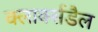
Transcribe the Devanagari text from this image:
क्लार्क्सडैल